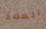
الملاذ